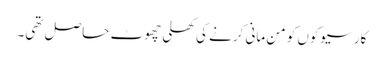
کارسیوکوں کو من مانی کرنے کی کھلی چھوٹ حاصل تھی۔